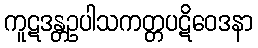
ကူဋဒန္တဥပါသကတ္တပဋိဝေဒနာ